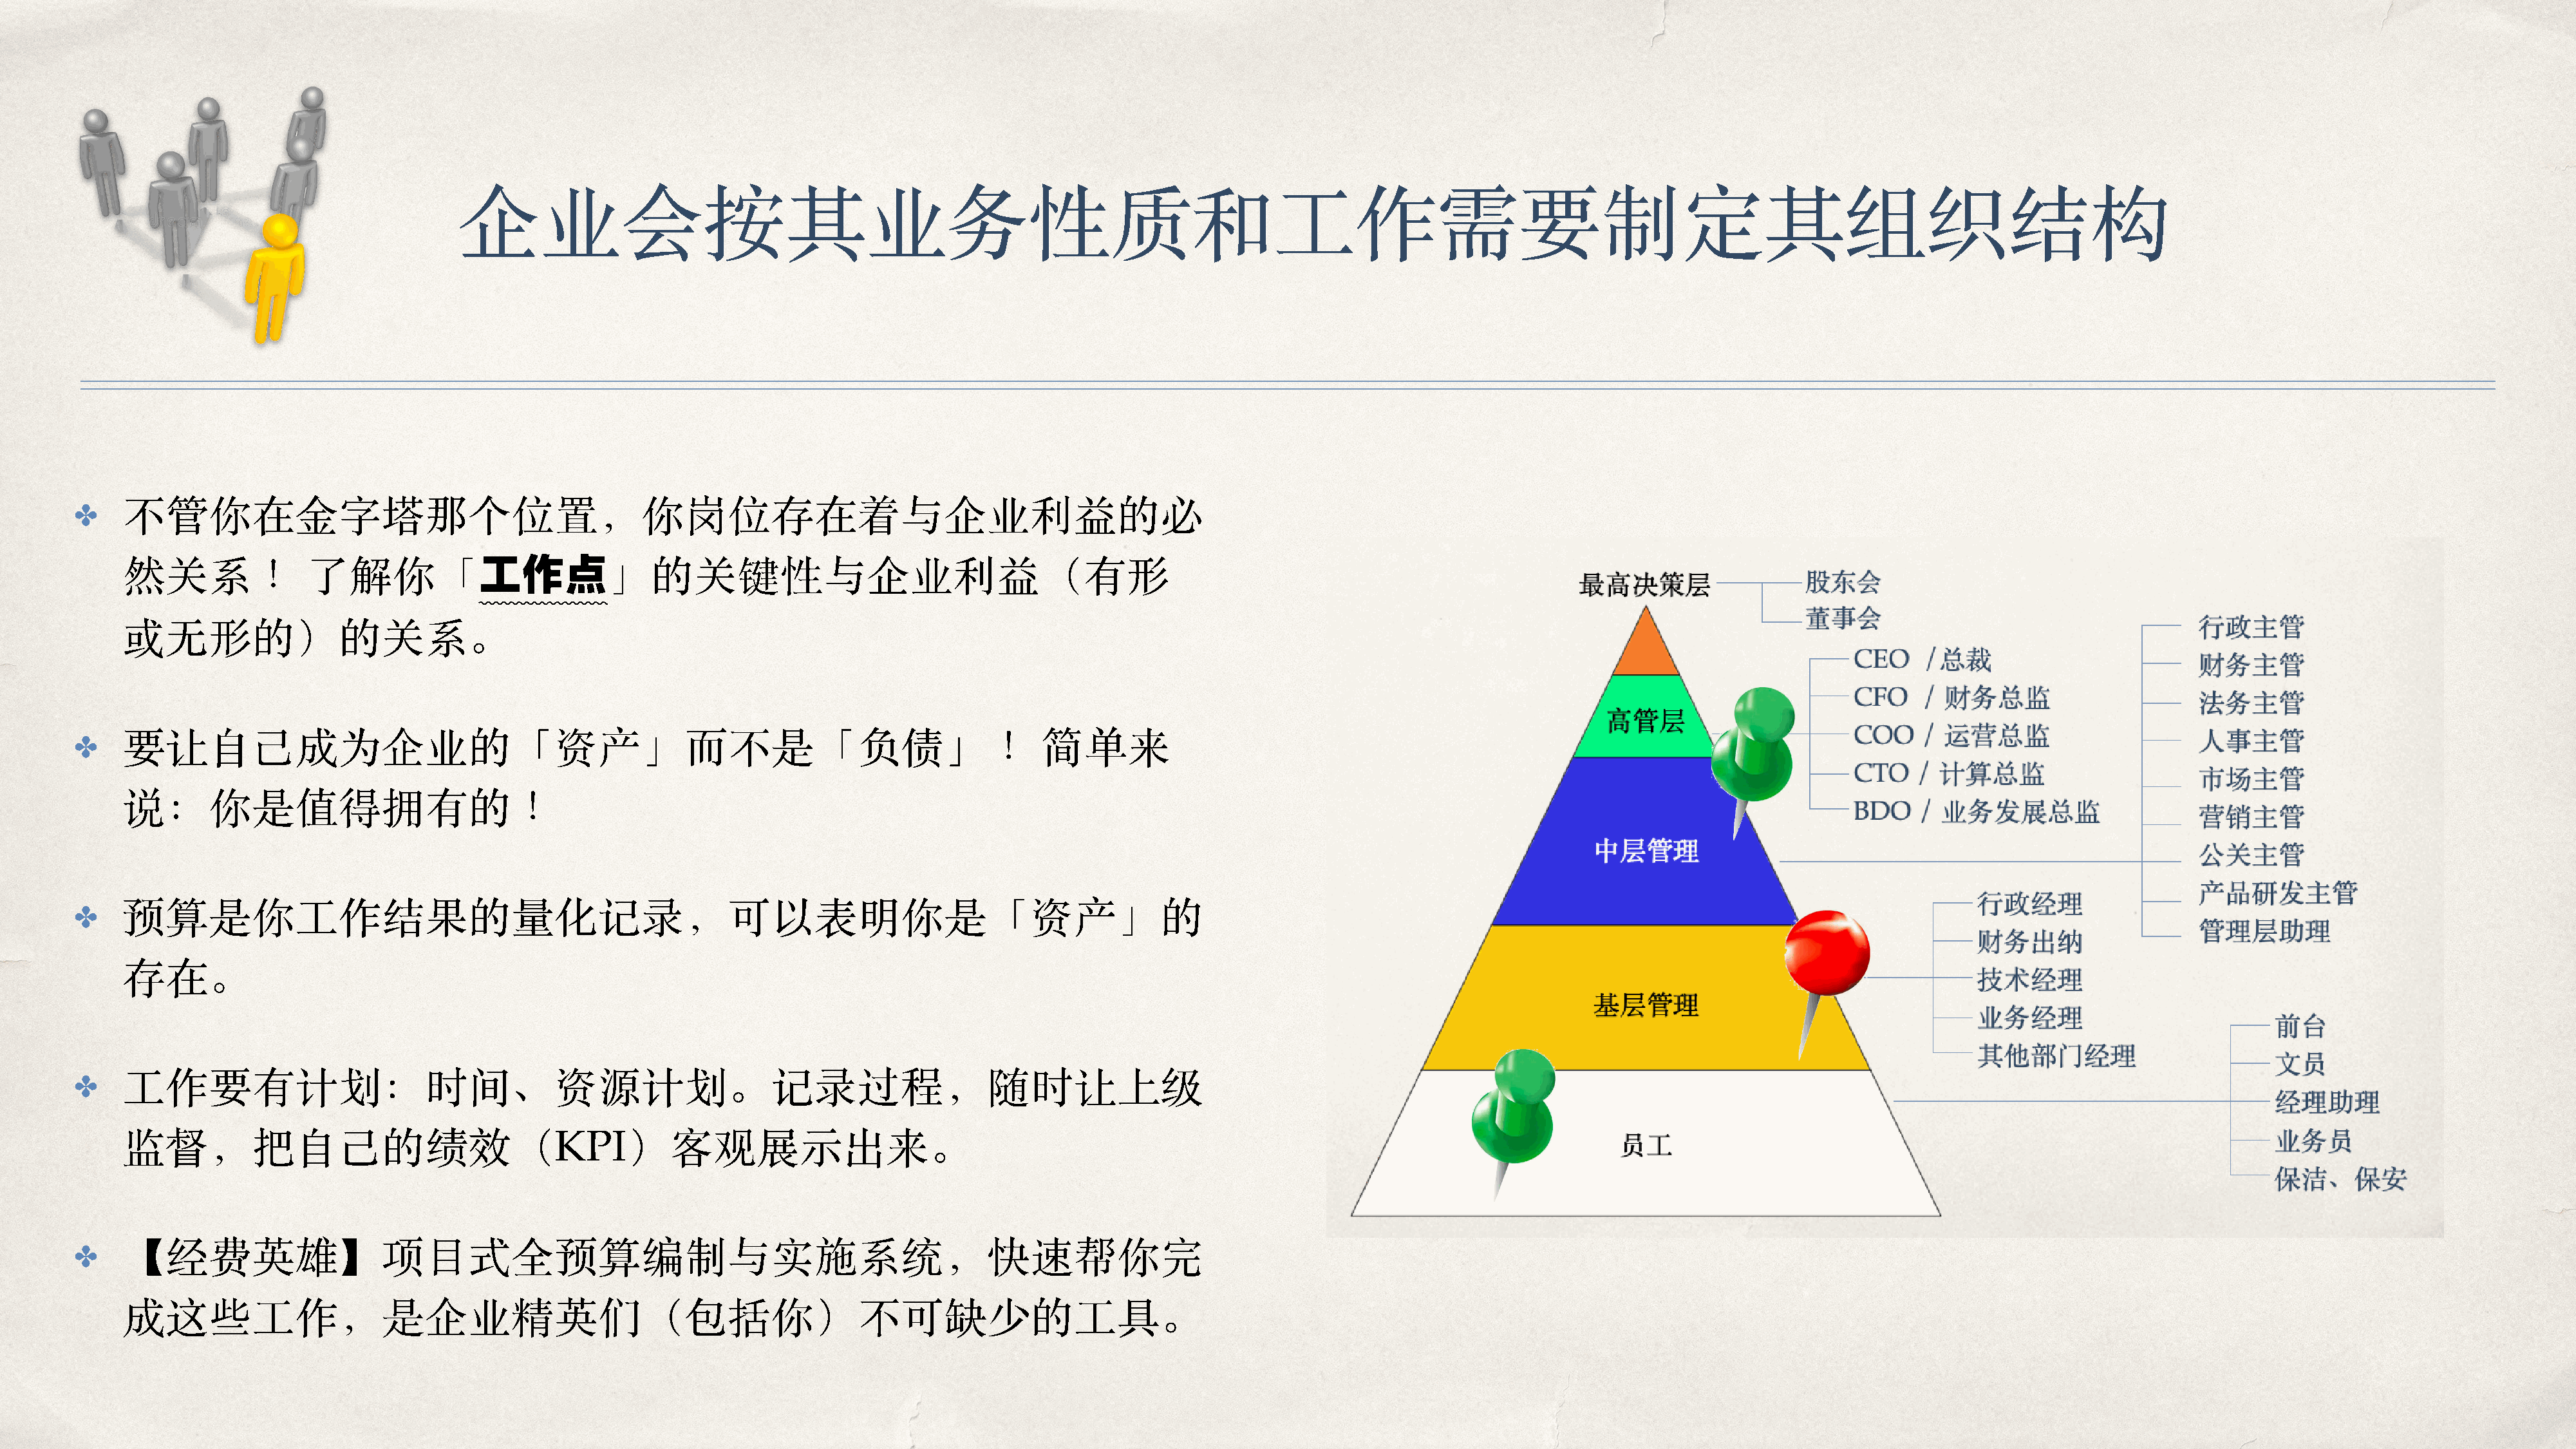
企业会按其业务性质和⼯作需要制定其组织结构
 ✤    不管你在⾦字塔那个位置，你岗位存在着与企业利益的必
 然关系！              了解你「工作点」的关键性与企业利益（有形
 或⽆形的）的关系。
 ✤    要让⾃⼰成为企业的「资产」⽽不是「负债」！                                                                         简单来
 说：你是值得拥有的！
 ✤    预算是你⼯作结果的量化记录，可以表明你是「资产」的
 存在。
 ✤    ⼯作要有计划：时间、资源计划。记录过程，随时让上级
 监督，把⾃⼰的绩效（KPI）客观展⽰出来。
 ✤    【经费英雄】项⽬式全预算编制与实施系统，快速帮你完
 成这些⼯作，是企业精英们（包括你）不可缺少的⼯具。